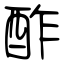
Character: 酢